Problem: 7 × 8 = ?
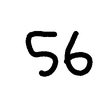
Handwritten answer: 56